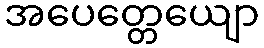
အပေတ္တေယျော